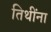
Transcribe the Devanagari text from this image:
तिथींना